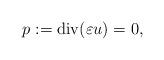
LaTeX: \begin{align*}p:= \mathrm{div}(\varepsilon u) =0,\end{align*}